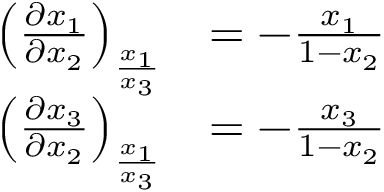
{ \begin{array} { r l } { \left( { \frac { \partial x _ { 1 } } { \partial x _ { 2 } } } \right) _ { \frac { x _ { 1 } } { x _ { 3 } } } } & { = - { \frac { x _ { 1 } } { 1 - x _ { 2 } } } } \\ { \left( { \frac { \partial x _ { 3 } } { \partial x _ { 2 } } } \right) _ { \frac { x _ { 1 } } { x _ { 3 } } } } & { = - { \frac { x _ { 3 } } { 1 - x _ { 2 } } } } \end{array} }